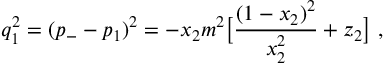
q _ { 1 } ^ { 2 } = ( p _ { - } - p _ { 1 } ) ^ { 2 } = - x _ { 2 } m ^ { 2 } \bigl [ \frac { ( 1 - x _ { 2 } ) ^ { 2 } } { x _ { 2 } ^ { 2 } } + z _ { 2 } \bigr ] \ ,